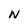
Character: N